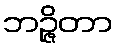
ဘဉ္ဇိတာ